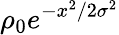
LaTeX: \rho_{0}e^{-x^{2}/2\sigma^{2}}